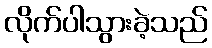
လိုက်ပါသွားခဲ့သည်